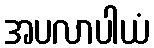
အပလာပါယံ